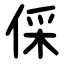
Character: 倸